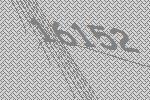
16152